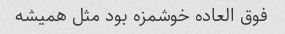
فوق العاده خوشمزه بود مثل همیشه